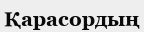
Қарасордың